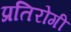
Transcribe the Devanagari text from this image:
प्रतिरोगी